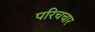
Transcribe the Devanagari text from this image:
परिचचार